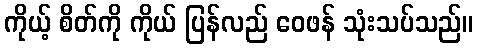
ကိုယ့် စိတ်ကို ကိုယ် ပြန်လည် ဝေဖန် သုံးသပ်သည်။